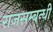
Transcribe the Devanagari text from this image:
राजसम्बन्धी